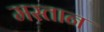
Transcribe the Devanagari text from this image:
मस्‍तान